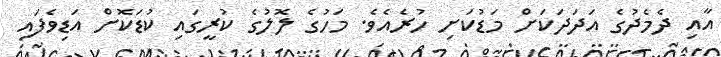
އާއި ދެމެދުގެ އަދަދަކަށް މަޑުކަށި ހުރެއެވެ. މަހުގެ ލޮލުގެ ކުރީގައި ކުޑަކޮށް އަޑިވެފައި